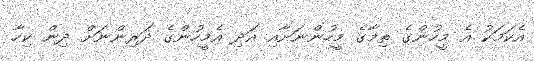
އެކަމަކު އެ މީހުންގެ ތިމާގެ މީހުންނަށާއި އަދި އެމީހުންގެ ދަރިންނަށް ދިން ކިހާ